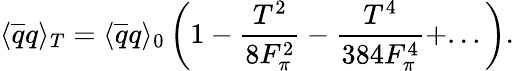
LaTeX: \langle\overline{{{q}}}q\rangle_{T}=\langle\overline{{{q}}}q\rangle_{0}\left(1-\frac{T^{2}}{8F_{\pi}^{2}}-\frac{T^{4}}{384F_{\pi}^{4}}+...\right).